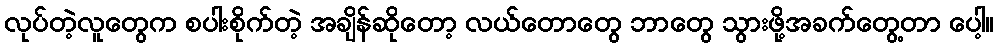
လုပ်တဲ့လူတွေက စပါးစိုက်တဲ့ အချိန်ဆိုတော့ လယ်တောတွေ ဘာတွေ သွားဖို့အခက်တွေ့တာ ပေါ့။